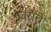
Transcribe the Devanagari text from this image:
प्रवरांचे